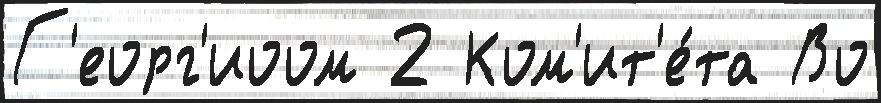
Г'еорг'иоом 2 Ком'ит'е́та Во